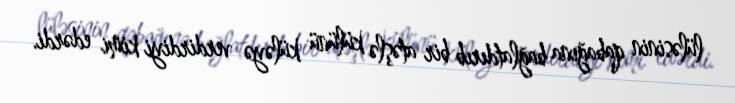
lüləsinin qabağına bağlatdırıb bir atəşlə külünü küləyə verdirdiyi kimi edərdi.